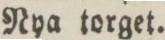
Nya torget.